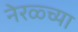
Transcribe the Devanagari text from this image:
नेरळ्च्या